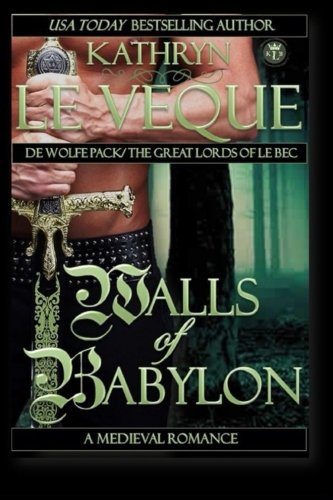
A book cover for Walls of Babylon (De Wolfe Pack); Kathryn Le Veque; Romance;